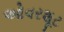
ઓવરશૂટ